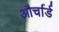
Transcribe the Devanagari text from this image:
और्चार्ड